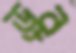
ড্রর